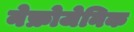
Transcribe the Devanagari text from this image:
नेफ्रोजेनिक